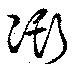
澌